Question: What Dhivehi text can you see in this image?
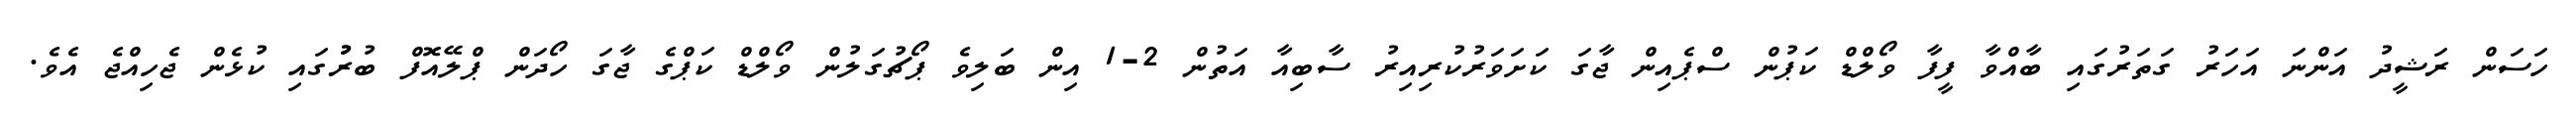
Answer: ހަސަން ރަޝީދު އަންނަ އަހަރު ގަތަރުގައި ބާއްވާ ފީފާ ވޯލްޑް ކަޕުން ސްޕެއިން ޖާގަ ކަށަވަރުކުރިއިރު ސާބިއާ އަތުން 2-1 އިން ބަލިވެ ޕޯޗުގަލުން ވޯލްޑް ކަޕްގެ ޖާގަ ހޯދަން ޕްލޭއޮފް ބުރުުގައި ކުޅެން ޖެހިއްޖެ އެވެ.